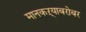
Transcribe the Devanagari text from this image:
मानकऱ्याबरोबर